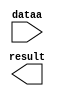
// megafunction wizard: %LPM_MULT%VBB%
// GENERATION: STANDARD
// VERSION: WM1.0
// MODULE: altsquare 

// ============================================================
// Megafunction Name(s):
// 			altsquare
//
// Simulation Library Files(s):
// 			altera_mf
// ============================================================
// ************************************************************
// THIS IS A WIZARD-GENERATED FILE. DO NOT EDIT THIS FILE!
//
// 13.0.1 Build 232 06/12/2013 SP 1 SJ Web Edition
// ************************************************************

//Copyright (C) 1991-2013 Altera Corporation
//Your use of Altera Corporation's design tools, logic functions 
//and other software and tools, and its AMPP partner logic 
//functions, and any output files from any of the foregoing 
//(including device programming or simulation files), and any 
//associated documentation or information are expressly subject 
//to the terms and conditions of the Altera Program License 
//Subscription Agreement, Altera MegaCore Function License 
//Agreement, or other applicable license agreement, including, 
//without limitation, that your use is for the sole purpose of 
//programming logic devices manufactured by Altera and sold by 
//Altera or its authorized distributors.  Please refer to the 
//applicable agreement for further details.

module square (
	dataa,
	result);

	input	[9:0]  dataa;
	output	[19:0]  result;

endmodule

// ============================================================
// CNX file retrieval info
// ============================================================
// Retrieval info: PRIVATE: AutoSizeResult NUMERIC "1"
// Retrieval info: PRIVATE: B_isConstant NUMERIC "0"
// Retrieval info: PRIVATE: ConstantB NUMERIC "0"
// Retrieval info: PRIVATE: INTENDED_DEVICE_FAMILY STRING "Cyclone II"
// Retrieval info: PRIVATE: LPM_PIPELINE NUMERIC "0"
// Retrieval info: PRIVATE: Latency NUMERIC "0"
// Retrieval info: PRIVATE: SYNTH_WRAPPER_GEN_POSTFIX STRING "0"
// Retrieval info: PRIVATE: SignedMult NUMERIC "0"
// Retrieval info: PRIVATE: USE_MULT NUMERIC "0"
// Retrieval info: PRIVATE: ValidConstant NUMERIC "0"
// Retrieval info: PRIVATE: WidthA NUMERIC "10"
// Retrieval info: PRIVATE: WidthB NUMERIC "10"
// Retrieval info: PRIVATE: WidthP NUMERIC "20"
// Retrieval info: PRIVATE: aclr NUMERIC "0"
// Retrieval info: PRIVATE: clken NUMERIC "0"
// Retrieval info: PRIVATE: new_diagram STRING "1"
// Retrieval info: PRIVATE: optimize NUMERIC "0"
// Retrieval info: LIBRARY: lpm lpm.lpm_components.all
// Retrieval info: CONSTANT: DATA_WIDTH NUMERIC "10"
// Retrieval info: CONSTANT: LPM_TYPE STRING "ALTSQUARE"
// Retrieval info: CONSTANT: PIPELINE NUMERIC "0"
// Retrieval info: CONSTANT: REPRESENTATION STRING "UNSIGNED"
// Retrieval info: CONSTANT: RESULT_WIDTH NUMERIC "20"
// Retrieval info: USED_PORT: dataa 0 0 10 0 INPUT NODEFVAL "dataa[9..0]"
// Retrieval info: USED_PORT: result 0 0 20 0 OUTPUT NODEFVAL "result[19..0]"
// Retrieval info: CONNECT: @data 0 0 10 0 dataa 0 0 10 0
// Retrieval info: CONNECT: result 0 0 20 0 @result 0 0 20 0
// Retrieval info: GEN_FILE: TYPE_NORMAL square.v TRUE
// Retrieval info: GEN_FILE: TYPE_NORMAL square.inc FALSE
// Retrieval info: GEN_FILE: TYPE_NORMAL square.cmp FALSE
// Retrieval info: GEN_FILE: TYPE_NORMAL square.bsf FALSE
// Retrieval info: GEN_FILE: TYPE_NORMAL square_inst.v FALSE
// Retrieval info: GEN_FILE: TYPE_NORMAL square_bb.v TRUE
// Retrieval info: LIB_FILE: altera_mf